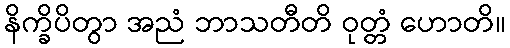
နိက္ခိပိတွာ အညံ ဘာသတီတိ ဝုတ္တံ ဟောတိ။